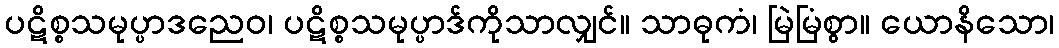
ပဋိစ္စသမုပ္ပာဒညေဝ၊ ပဋိစ္စသမုပ္ပာဒ်ကိုသာလျှင်။ သာဓုကံ၊ မြဲမြံစွာ။ ယောနိသော၊